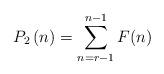
LaTeX: \begin{align*} P_2\left(n\right) = \sum_{n=r-1}^{n-1} F(n) \end{align*}